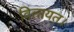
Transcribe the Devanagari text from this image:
विलायत।